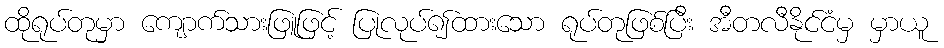
ထိုရုပ်တုမှာ ကျောက်သားဖြူဖြင့် ပြုလုပ်၍ထားသော ရုပ်တုဖြစ်ပြီး အီတလီနိုင်ငံမှ မှာယူ